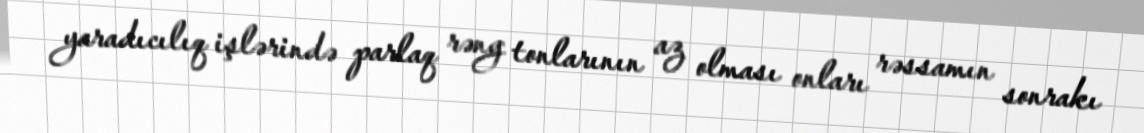
yaradıcılıq işlərində parlaq rəng tonlarının az olması onları rəssamın sonrakı